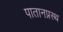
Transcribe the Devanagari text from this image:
पातानप्रस्थ